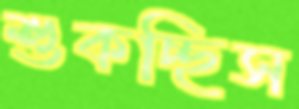
শুকচ্ছিস